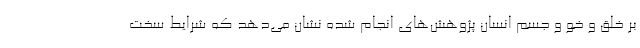
بر خلق و خو و جسم انسان پژوهش‌های انجام شده نشان می‌دهد که شرایط سخت